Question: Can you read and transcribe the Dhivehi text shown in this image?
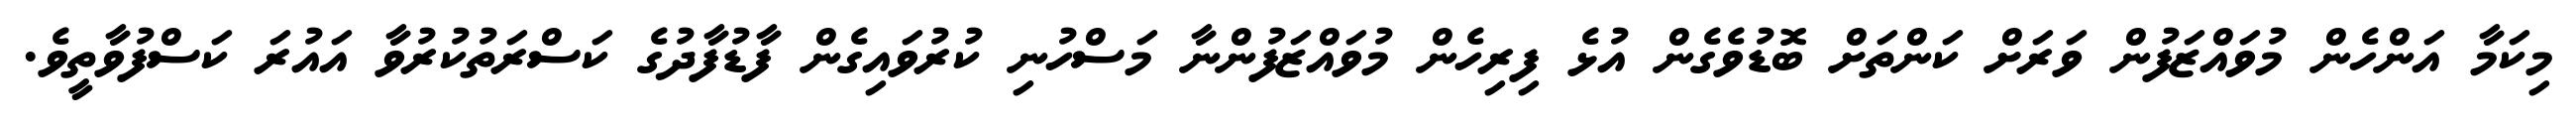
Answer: މިކަމާ އަންހެން މުވައްޒަފުން ވަރަށް ކަންތަށް ބޮޑުވެގެން އުޅެ ފިރިހެން މުވައްޒަފުންނާ މަސްހުނި ކުރުވައިގެން ފާޑުފާދުގެ ކަސްރަތުކުރުވާ އައުރަ ކަސްފުވާތީވެ.